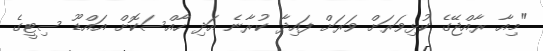
"މިއާ ރާއްޖޭގެ ކުޅިވަރަށް ވަރަށް ފައިދާ ކުރާނެ އަދި ހާއްސަކޮށް އައްޑޫ ސިޓީގެ